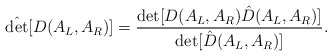
\begin{align*}\hat {\det} [D(A_L, A_R)] = {\det [D(A_L, A_R) \hat D (A_L, A_R)] \over\det [\hat D (A_L, A_R)]}.\end{align*}